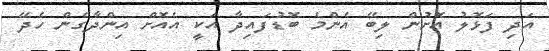
އަދި ފަޅޮލު އޮށުން ލިބޭ އެންމެ ބޮޑުފައިދާ އަކީ އެއޮށް އިންދާގެން ހެދޭ